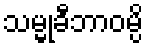
သမ္မုခီဘာဝမ္ပိ